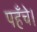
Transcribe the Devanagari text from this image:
पहँचे।